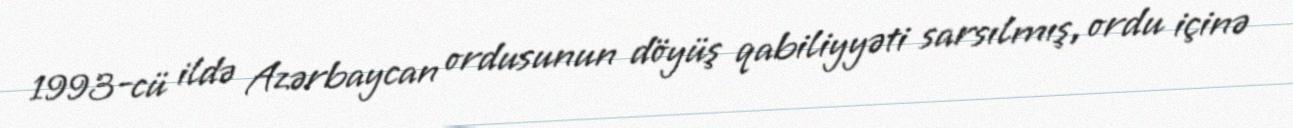
1993-cü ildə Azərbaycan ordusunun döyüş qabiliyyəti sarsılmış, ordu içinə